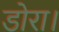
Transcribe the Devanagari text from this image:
डोरा।